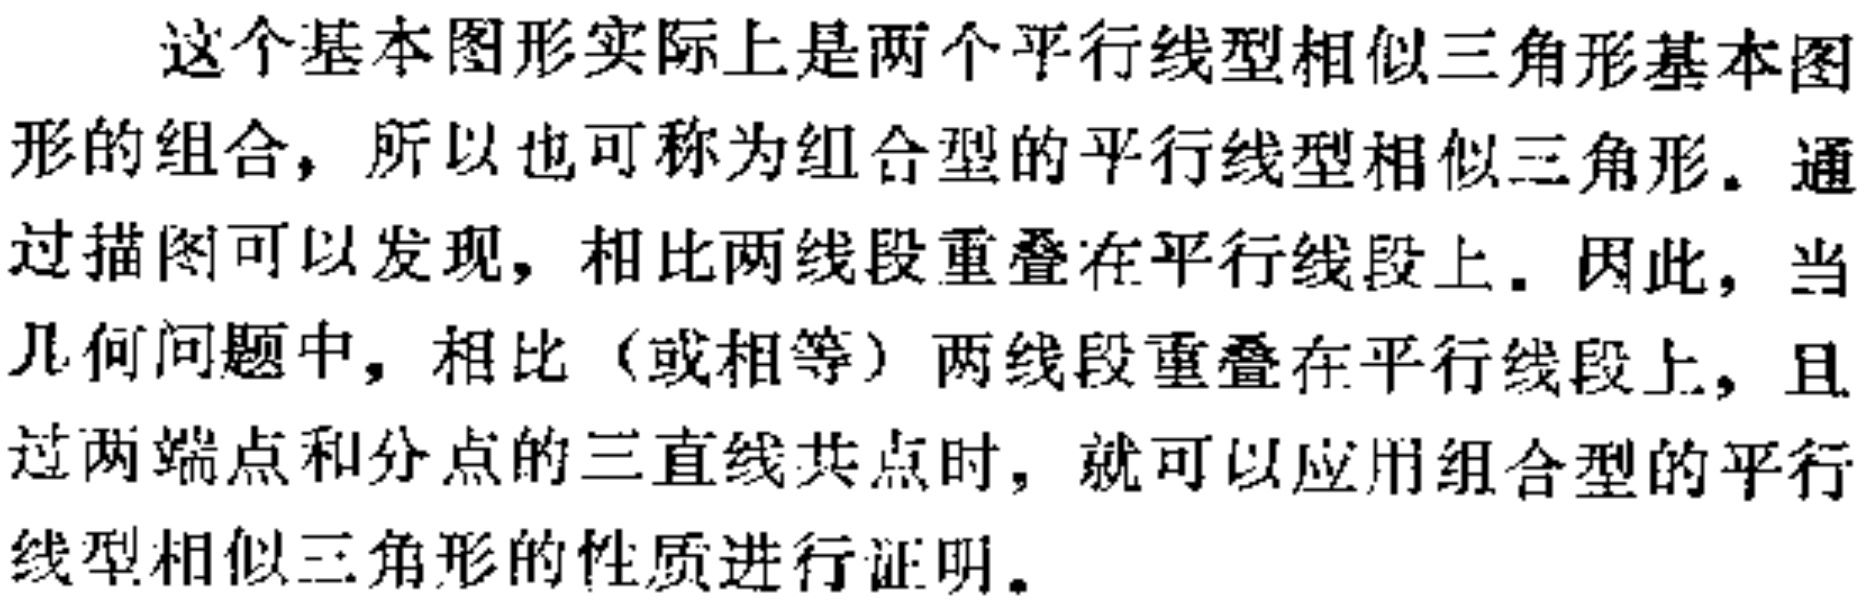
这个基本图形实际上是两个平行线型相似三角形基本图
形的组合，所以也可称为组合型的平行线型相似三角形。通
过描图可以发现，相比两线段重叠在平行线段上。因此，当
几何问题中，相比（或相等）两线段重叠在平行线段上，且
过两端点和分点的三直线共点时，就可以应用组合型的平行
线型相似三角形的性质进行证明。